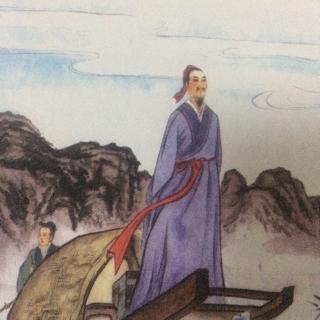
华灯纵博，雕鞍驰射，谁记当年豪举。